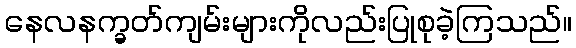
နေလနက္ခတ်ကျမ်းများကိုလည်းပြုစုခဲ့ကြသည်။